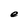
Character: e